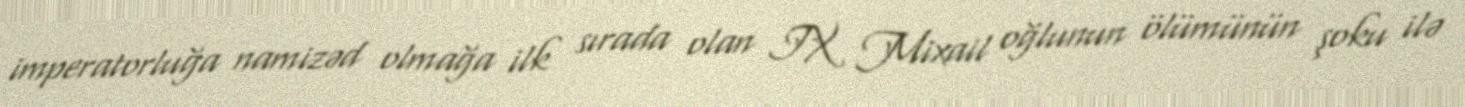
imperatorluğa namizəd olmağa ilk sırada olan IX Mixail oğlunun ölümünün şoku ilə